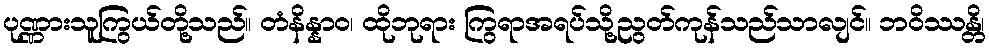
ပုဏ္ဏားသူကြွယ်တို့သည်။ တံနိန္နာဝ၊ ထိုဘုရား ကြွရာအရပ်သို့ညွတ်ကုန်သည်သာလျင်။ ဘဝိဿန္တိ၊